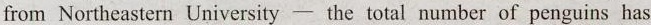
from Northeastern University— the total number of penguins has